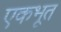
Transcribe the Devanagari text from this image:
एकभूत